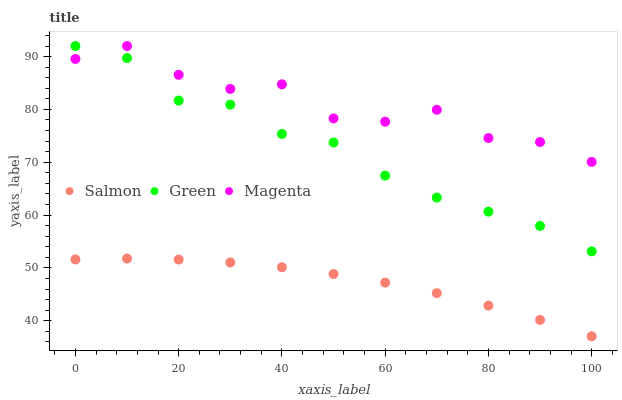
| xaxis_label | Salmon | Green | Magenta |
 | --- | --- | --- | --- |
 | 0 | 51.6 | 92 | 89.6 |
 | 10 | 51.8 | 89.7 | 92 |
 | 20 | 51.6 | 81.7 | 86.5 |
 | 30 | 51 | 80.9 | 83.9 |
 | 40 | 50.1 | 75.4 | 84.8 |
 | 50 | 48.9 | 73.7 | 78.3 |
 | 60 | 47.2 | 67.5 | 77.7 |
 | 70 | 45.2 | 63.3 | 79.9 |
 | 80 | 42.9 | 60.6 | 74.6 |
 | 90 | 40.1 | 57.9 | 73.8 |
 | 100 | 37.1 | 53.1 | 70.1 |